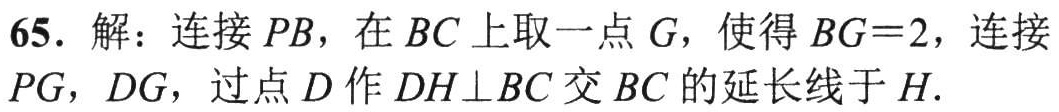
65. 解：连接 \(PB\)，在 \(BC\) 上取一点 \(G\)，使得 \(BG = 2\)，连接 \(PG\)，\(DG\)，过点 \(D\) 作 \(DH\perp BC\) 交 \(BC\) 的延长线于 \(H\).